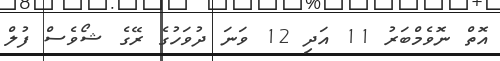
އޮތް ނޮވެމްބަރު 11 އަދި 12 ވަނަ ދުވަހުގެ ރޭގެ ޝޯވެސް ފުލް